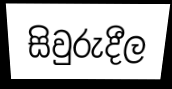
සිවුරුදීල